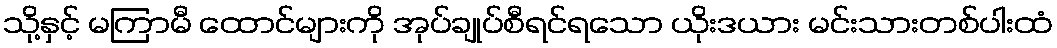
သို့နှင့် မကြာမီ ထောင်များကို အုပ်ချုပ်စီရင်ရသော ယိုးဒယား မင်းသားတစ်ပါးထံ